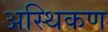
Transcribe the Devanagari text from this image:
अस्थिकण